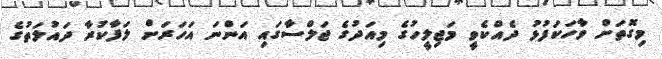
މިގޮތަށް ވާހަކަފުޅު ދެއްކެވީ މަޖިލީހުގެ މިއަދުގެ ޖަލްސާގައި އަންނަ އަހަރަށް ލަފާކުރާ ދައުލަތުގެ